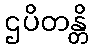
ဌပိတန္တိ